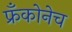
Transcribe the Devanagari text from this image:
फ्रँकोनेच